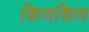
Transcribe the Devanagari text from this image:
किणकिण